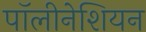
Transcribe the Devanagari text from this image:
पॉलीनेशियन